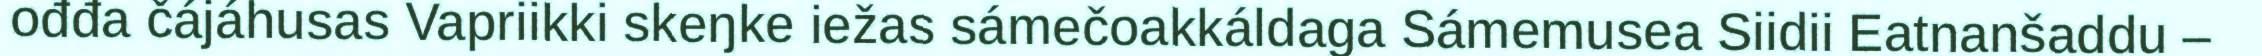
ođđa čájáhusas Vapriikki skeŋke iežas sámečoakkáldaga Sámemusea Siidii Eatnanšaddu –